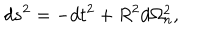
d s ^ { 2 } = - d t ^ { 2 } + R ^ { 2 } d \Omega _ { n } ^ { 2 } ,